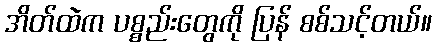
အိတ်ထဲက ပစ္စည်းတွေကို ပြန် စစ်သင့်တယ်။